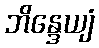
ဘိန္ဒေယျံ